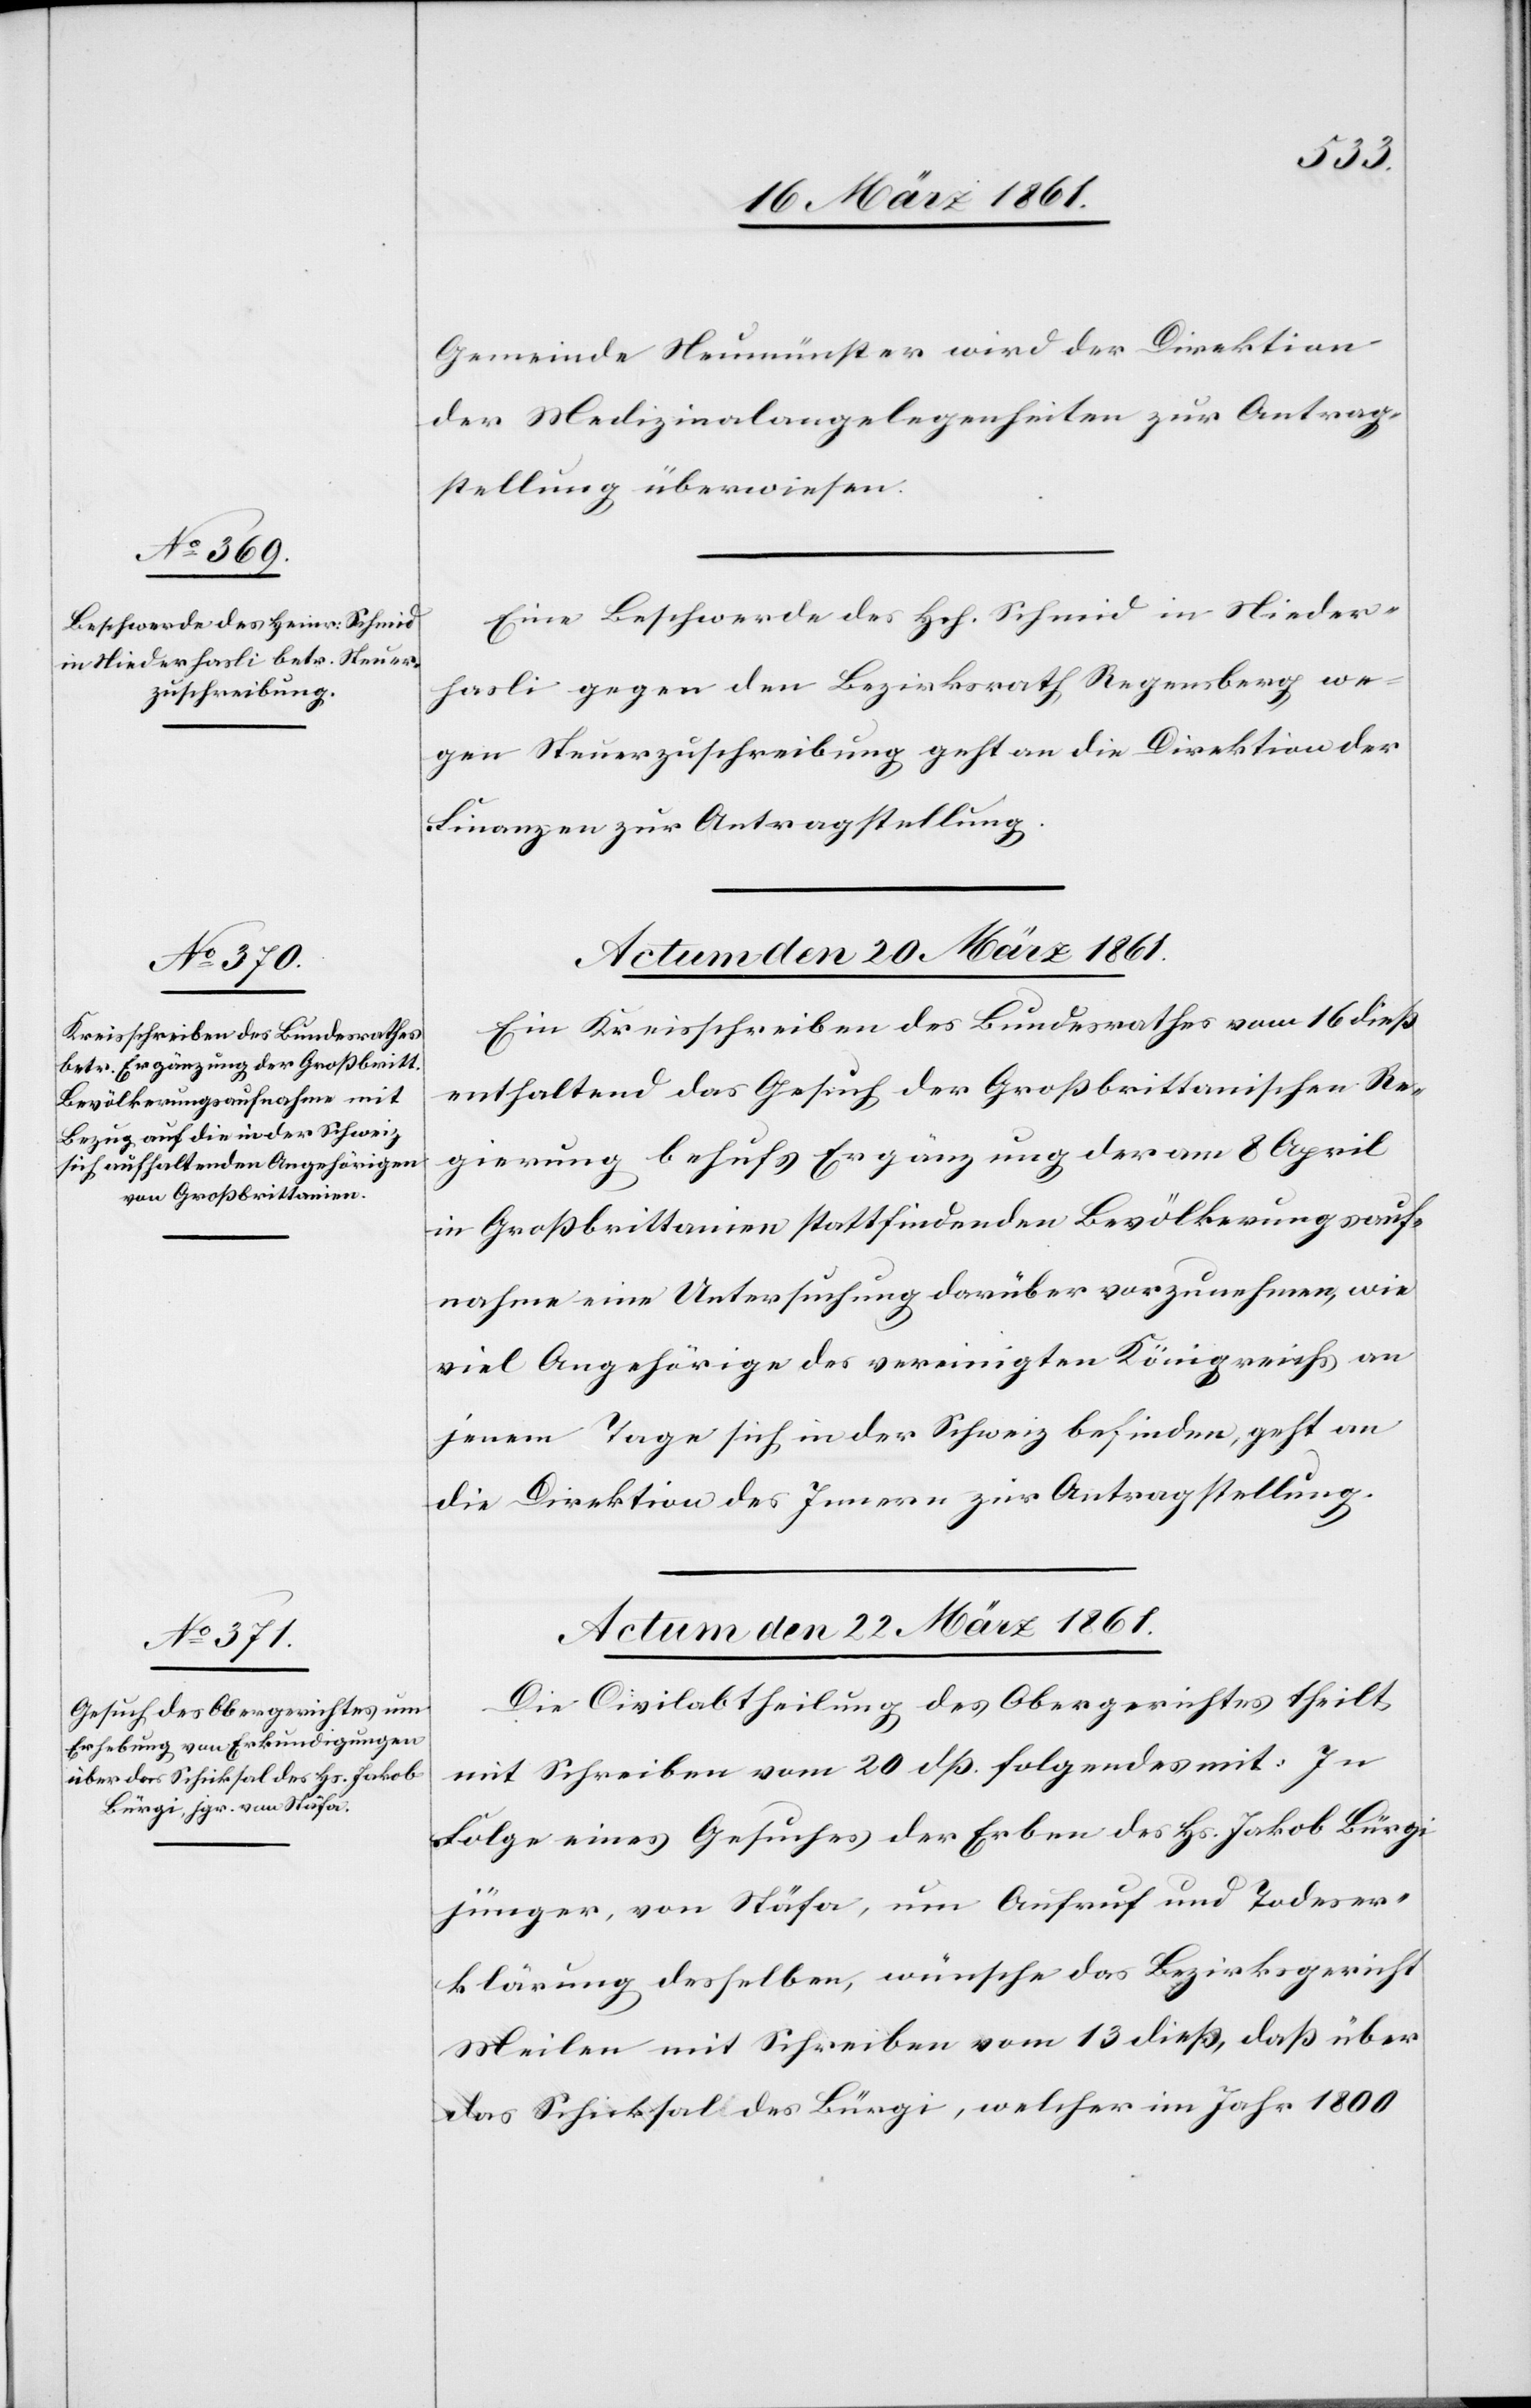
Gemeinde Neumünster wird der Direktion
der Medizinalangelegenheiten zur Antrag¬
stellung überwiesen.
Eine Beschwerde des Hch. Schmid in Nieder¬
hasli gegen den Bezirksrath Regensberg we¬
gen Steuerzuschreibung geht an die Direktion der
Finanzen zur Antragstellung.
Actum den 20. März 1861.
Ein Kreisschreiben des Bundesrathes vom 16. dieß
enthaltend das Gesuch der Großbrittanischen Re¬
gierung behufs Ergänzung der am 8. April
in Großbrittanien stattfindenden Bevölkerungsauf¬
nahme eine Untersuchung darüber vorzunehmen, wie
viel Angehörige des vereinigten Königreichs an
jenem Tage sich in der Schweiz befinden, geht an
die Direktion des Innern zur Antragstellung.
Actum den 22. März 1861.
Die Civilabtheilung des Obergerichtes theilt
mit Schreiben vom 20. dß folgendes mit: In
Folge eines Gesuches der Erben des Hs. Jakob Bürgi
jünger, von Stäfa, um Aufruf und Todeser¬
klärung desselben, wünsche das Bezirksgericht
Meilen mit Schreiben vom 13. dieß, daß über
das Schicksal des Bürgi, welcher im Jahr 1800